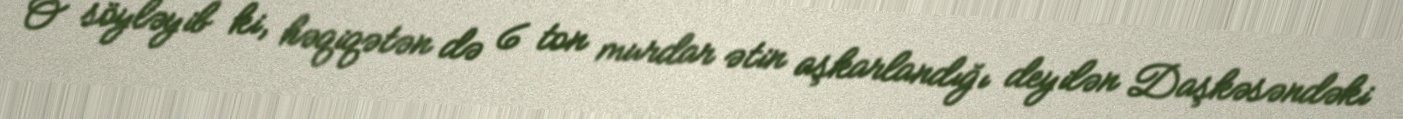
O söyləyib ki, həqiqətən də 6 ton murdar ətin aşkarlandığı deyilən Daşkəsəndəki